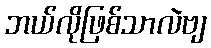
ဘယ်လိုဖြစ်သာလဲဗျ